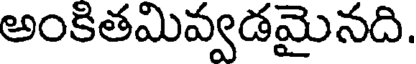
అంకితమివ్వడమైనది.